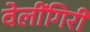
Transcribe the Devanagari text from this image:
वेलींगिरी